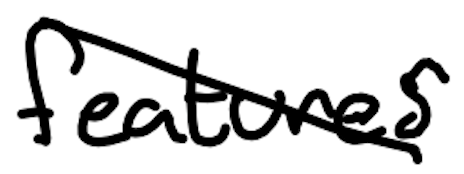
Text: features
Cross-out: mix
Writing tool: digital_black